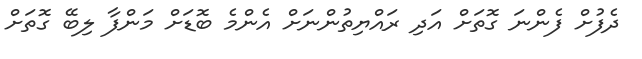
ދެފުށް ފެންނަ ގޮތަށް އަދި ރައްޔިތުންނަށް އެންމެ ބޮޑަށް މަންފާ ލިބޭ ގޮތަށް